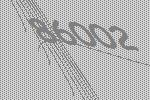
86002